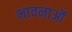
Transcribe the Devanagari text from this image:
भावनाऒं